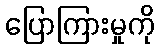
ပြောကြားမှုကို